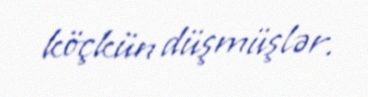
köçkün düşmüşlər.